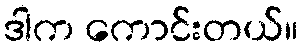
ဒါက ကောင်းတယ်။